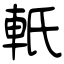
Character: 軝